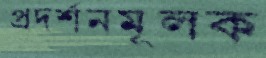
প্রদর্শনমূলক